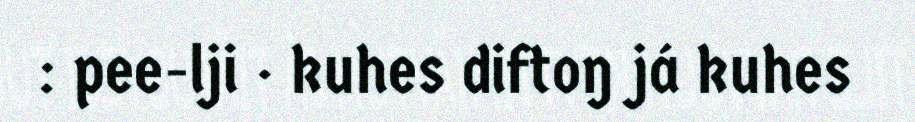
: pee-lji · kuhes diftoŋ já kuhes